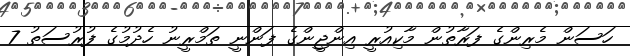
ހަސަން މެރިންގެ ފަރާތުން މާކިއުރީ އިންޖީންގެ ފަންނީ ތަމްރީނު ހެދުމުގެ ފުރުސަތު 7